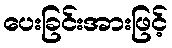
ပေးခြင်းအားဖြင့်